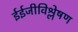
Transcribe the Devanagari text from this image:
ईईजीविश्लेषण